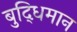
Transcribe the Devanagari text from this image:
बुद्‍धिमान